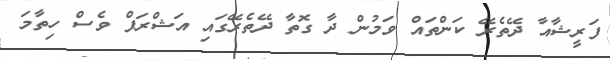
ފަރީޝާއާ ދޭތެރޭ ކަންތައް ވަމުން ދާ ގޮތާ ދޭތެރޭގައި އަޝްރަފް ވެސް ހިތާމަ